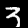
Label: 3